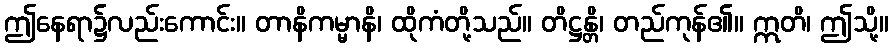
ဤနေရာ၌လည်းကောင်း။ တာနိကမ္မာနိ၊ ထိုကံတို့သည်။ တိဋ္ဌန္တိ၊ တည်ကုန်၏။ ဣတိ၊ ဤသို့။